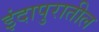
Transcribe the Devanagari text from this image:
इंदापुरातील